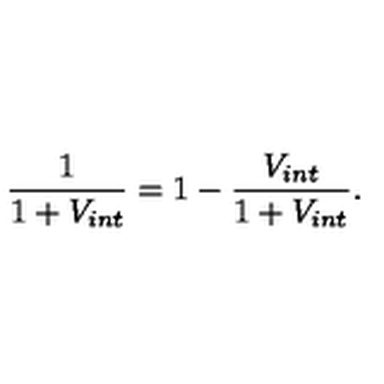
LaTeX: \frac { 1 } { 1 + V _ { i n t } } = 1 - \frac { V _ { i n t } } { 1 + V _ { i n t } } .